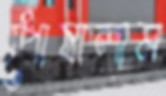
পোষালাম